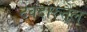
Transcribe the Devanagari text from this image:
देवदारुतैल